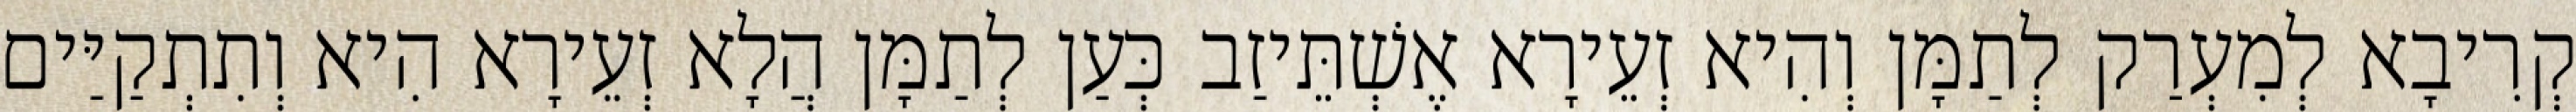
קְרִיבָא לְמִעְרַק לְתַמָּן וְהִיא זְעֵירָא אֶשְׁתֵּיזַב כְּעַן לְתַמָּן הֲלָא זְעֵירָא הִיא וְתִתְקַיַּים